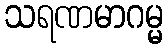
သရဏမာဂမ္မ